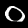
Digit: 0